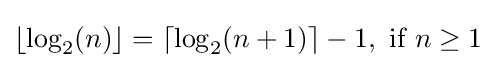
\lfloor \log _{2}(n)\rfloor =\lceil \log _{2}(n+1)\rceil -1,{\text{ if }}n\geq 1